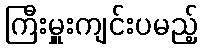
ကြီးမှူးကျင်းပမည့်